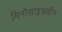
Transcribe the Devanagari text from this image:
मिनोसाइक्लीन